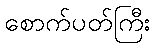
စောက်ပတ်ကြီး